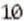
10